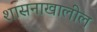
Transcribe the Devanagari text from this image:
शासनाखालील